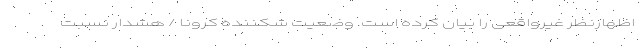
اظهارنظر غیرواقعی را بیان کرده است. وضعیت شکننده کرونا / هشدار نسبت